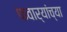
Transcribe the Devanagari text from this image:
फवार्‍यांच्या